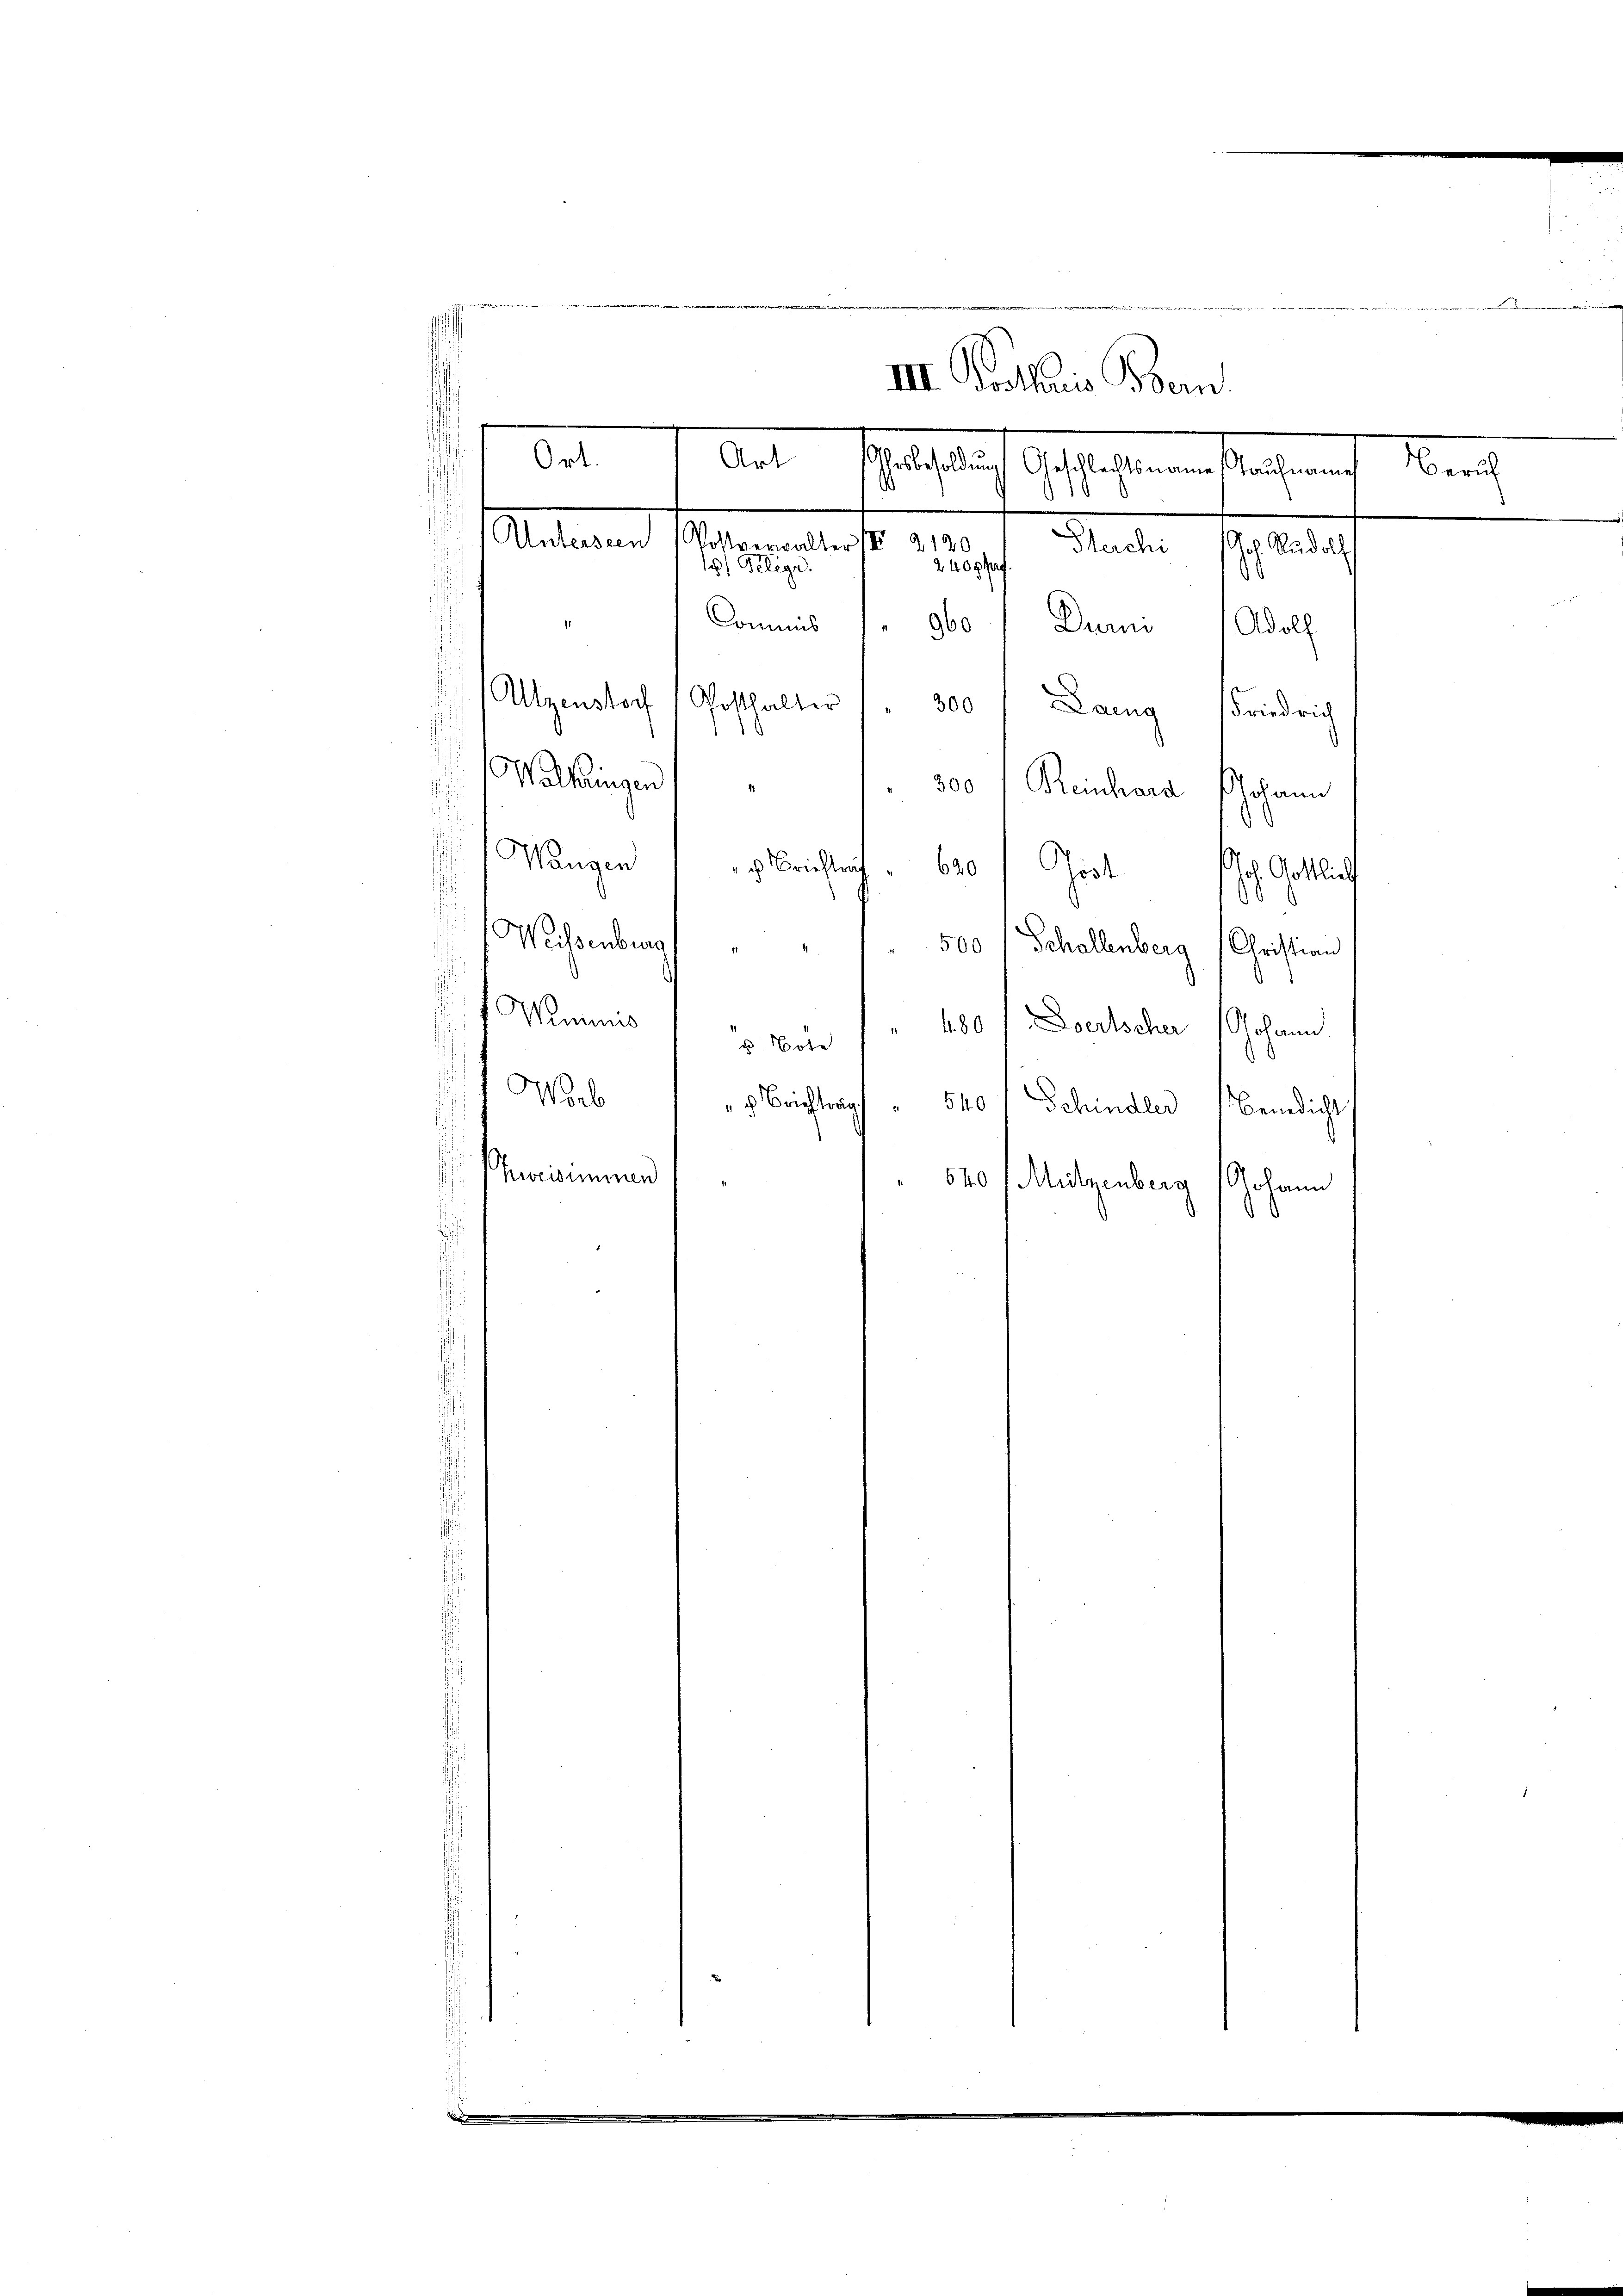
e
Commis
960
Duri 1 Adolf
Alzenstoch Posthalter /. 300 Lang Friedrich
Wollingen
2
300 " Reinhard Johann
d
Wangen
 Berichtlich
620/ Post des Gottlich
0
Weissenberg    "     "         500 l Schallenberg (Christian
d
Weminis
5. Non " 100, Deutscher Johann
Worb
 Brieftrag
540 Schindler Benedicht
.
Zweisimmen
E
540 / Mützenberg
Johann
d
f

e
d

III. Postharis Bern
Art
schaftlich des als einen Sacherung, Neuch
106
.
Unterseen (Vollverwalter (2120
2400 ff.
11 Telege.

Gleichi Joh. Rudolf

...............................